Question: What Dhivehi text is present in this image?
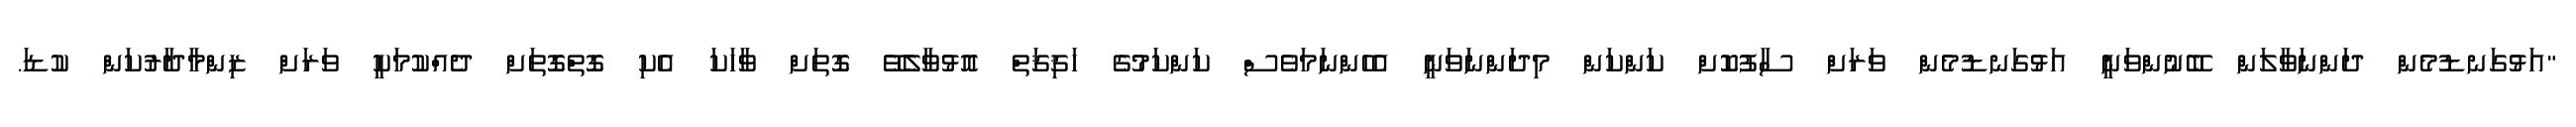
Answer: "އަޅުގަނޑުމެން ދަންނަވާލަން ބޭނުންވަނީ އަޅުގަނޑުމެން ވަރަށް ސާފުކޮށް ކަންކަން މިދަންނަވަނީ އެހެންނަމަވެސް ކަންކަމުގެ ހަޤިޤަތް އޮޅުވާލެވޭ ގޮތަށް ވާހަކަ އެކި ގޮތްގޮތަށް ދެއްކުމަކީ ވަރަށް ޒިންމާދާރުކަން ކުޑަ.